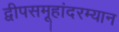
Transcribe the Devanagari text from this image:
द्वीपसमूहांदरम्यान